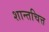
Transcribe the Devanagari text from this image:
शान्तचित्त